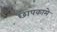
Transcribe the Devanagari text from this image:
छापकामे